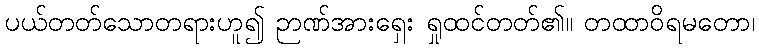
ပယ်တတ်သောတရားဟူ၍ ဉာဏ်အားရှေး ရှုထင်တတ်၏။ တထာဝိရမတော၊